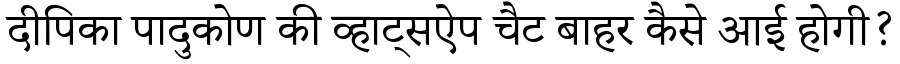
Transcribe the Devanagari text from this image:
दीपिका पादुकोण की व्हाट्सऐप चैट बाहर कैसे आई होगी?